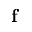
\mathbf { f }